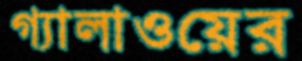
গ্যালাওয়ের